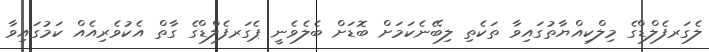
ލެގަރފެލްޑްގެ މިލްކިއްޔާތުގައިވާ ތަކެތި ލިބޭނެކަމަށް ބޮޑަށް ބެލެވެނީ ޕެގަރފެލްޑްގެ ގާތް އެކުވެރިއެއް ކަމުގައިވާ